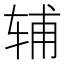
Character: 辅